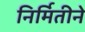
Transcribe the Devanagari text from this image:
निर्मितीने